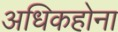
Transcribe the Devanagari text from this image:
अधिकहोना